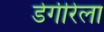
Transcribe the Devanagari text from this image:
डेगीरेला